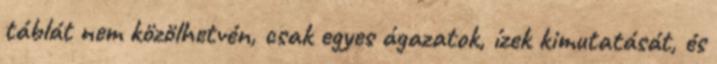
táblát nem közölhetvén, csak egyes ágazatok, ízek kimutatását, és